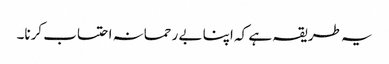
یہ طریقہ ہے کہ اپنا بے رحمانہ احتساب کرنا۔